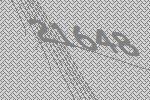
21648